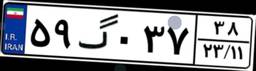
۵۶گ۴۱۶۲۸